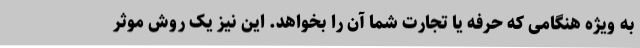
به ویژه هنگامی که حرفه یا تجارت شما آن را بخواهد. این نیز یک روش موثر